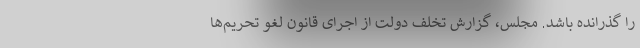
را گذرانده باشد. مجلس، گزارش تخلف دولت از اجرای قانون لغو تحریم‌ها